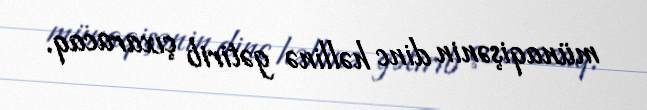
münaqişənin dinc həllinə gətirib çıxaracaq.